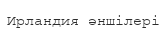
Ирландия әншілері